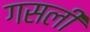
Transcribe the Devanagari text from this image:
गसली